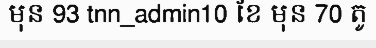
មុន 93 tnn_admin10 ខែ មុន 70 តូ